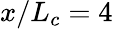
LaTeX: x/L_{c}=4